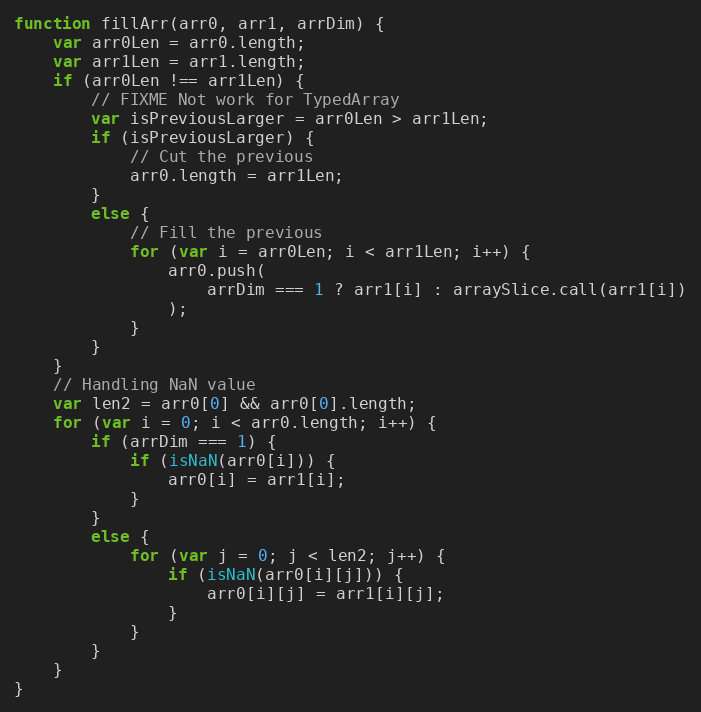
Language: JavaScript
function fillArr(arr0, arr1, arrDim) {
    var arr0Len = arr0.length;
    var arr1Len = arr1.length;
    if (arr0Len !== arr1Len) {
        // FIXME Not work for TypedArray
        var isPreviousLarger = arr0Len > arr1Len;
        if (isPreviousLarger) {
            // Cut the previous
            arr0.length = arr1Len;
        }
        else {
            // Fill the previous
            for (var i = arr0Len; i < arr1Len; i++) {
                arr0.push(
                    arrDim === 1 ? arr1[i] : arraySlice.call(arr1[i])
                );
            }
        }
    }
    // Handling NaN value
    var len2 = arr0[0] && arr0[0].length;
    for (var i = 0; i < arr0.length; i++) {
        if (arrDim === 1) {
            if (isNaN(arr0[i])) {
                arr0[i] = arr1[i];
            }
        }
        else {
            for (var j = 0; j < len2; j++) {
                if (isNaN(arr0[i][j])) {
                    arr0[i][j] = arr1[i][j];
                }
            }
        }
    }
}